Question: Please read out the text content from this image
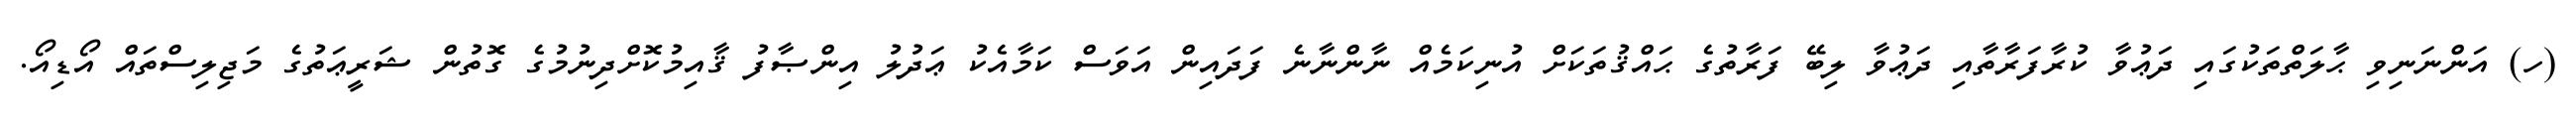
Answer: (ހ) އަންނަނިވި ޙާލަތްތަކުގައި ދަޢުވާ ކުރާފަރާތާއި ދަޢުވާ ލިބޭ ފަރާތުގެ ޙައްޤުތަކަށް އުނިކަމެއް ނާންނާނެ ފަދައިން އަވަސް ކަމާއެކު ޢަދުލު އިންޞާފު ޤާއިމުކޮށްދިނުމުގެ ގޮތުން ޝަރީޢަތުގެ މަޖިލިސްތައް އޯޑިއޯ.